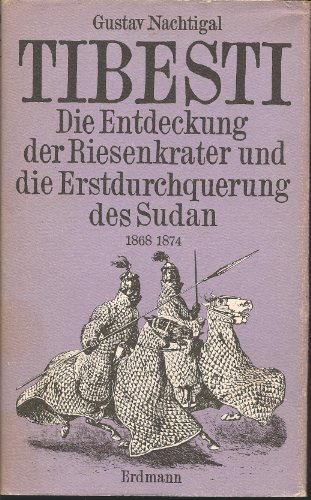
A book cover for Tibesti: D. Entdeckung d. Riesenkrater u. d. Erstdurchquerung d. Sudan 1868 - 1874 (Alte abenteuerliche Reiseberichte) (German Edition); Gustav Nachtigal; Travel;